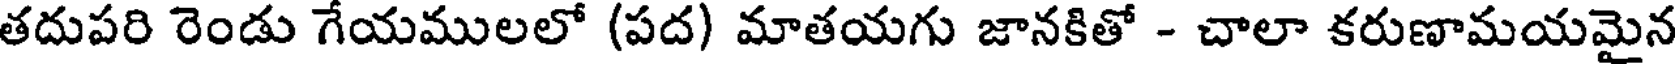
తదుపరి రెండు గేయములలో (పద) మాతయగు జానకితో - చాలా కరుణామయమైన